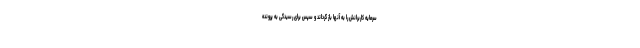
سرمایه کاربرانش را به آنها باز گرداند و سپس برای رسیدگی به پرونده